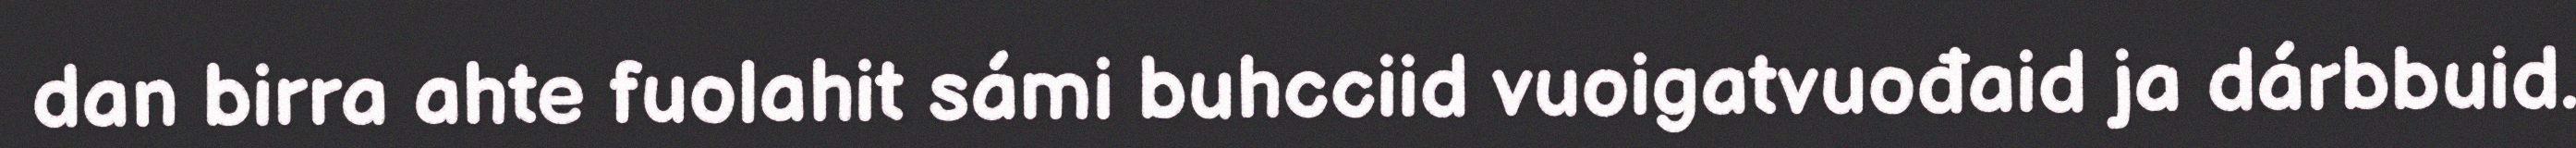
dan birra ahte fuolahit sámi buhcciid vuoigatvuođaid ja dárbbuid.